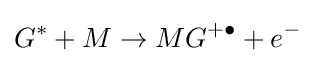
G^{*}+M\to MG^{+\bullet }+e^{-}